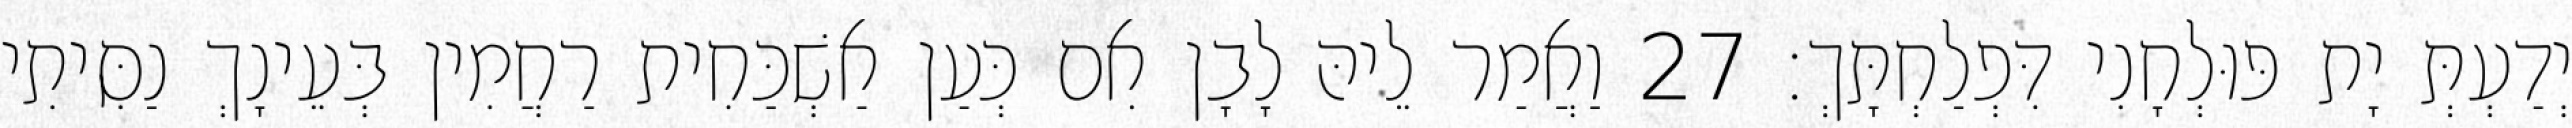
יְדַעְתְּ יָת פּוּלְחָנִי דִּפְלַחְתָּךְ׃ 27 וַאֲמַר לֵיהּ לָבָן אִם כְּעַן אַשְׁכַּחִית רַחֲמִין בְּעֵינָךְ נַסִּיתִי